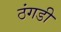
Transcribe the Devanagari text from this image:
ठंगडी